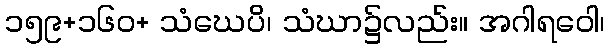
၁၅၉+၁၆၀+ သံဃေပိ၊ သံဃာ၌လည်း။ အဂါရဝေါ၊